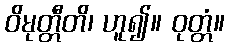
ဝိမုတ္တီတိ၊ ဟူ၍။ ဝုတ္တံ။